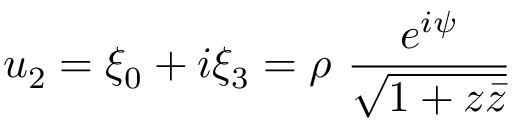
u _ { 2 } = \xi _ { 0 } + i \xi _ { 3 } = \rho ~ \frac { e ^ { i \psi } } { \sqrt { 1 + z \bar { z } } }